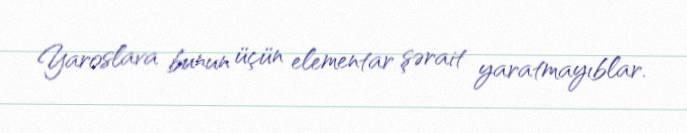
Yaroslava bunun üçün elementar şərait yaratmayıblar.